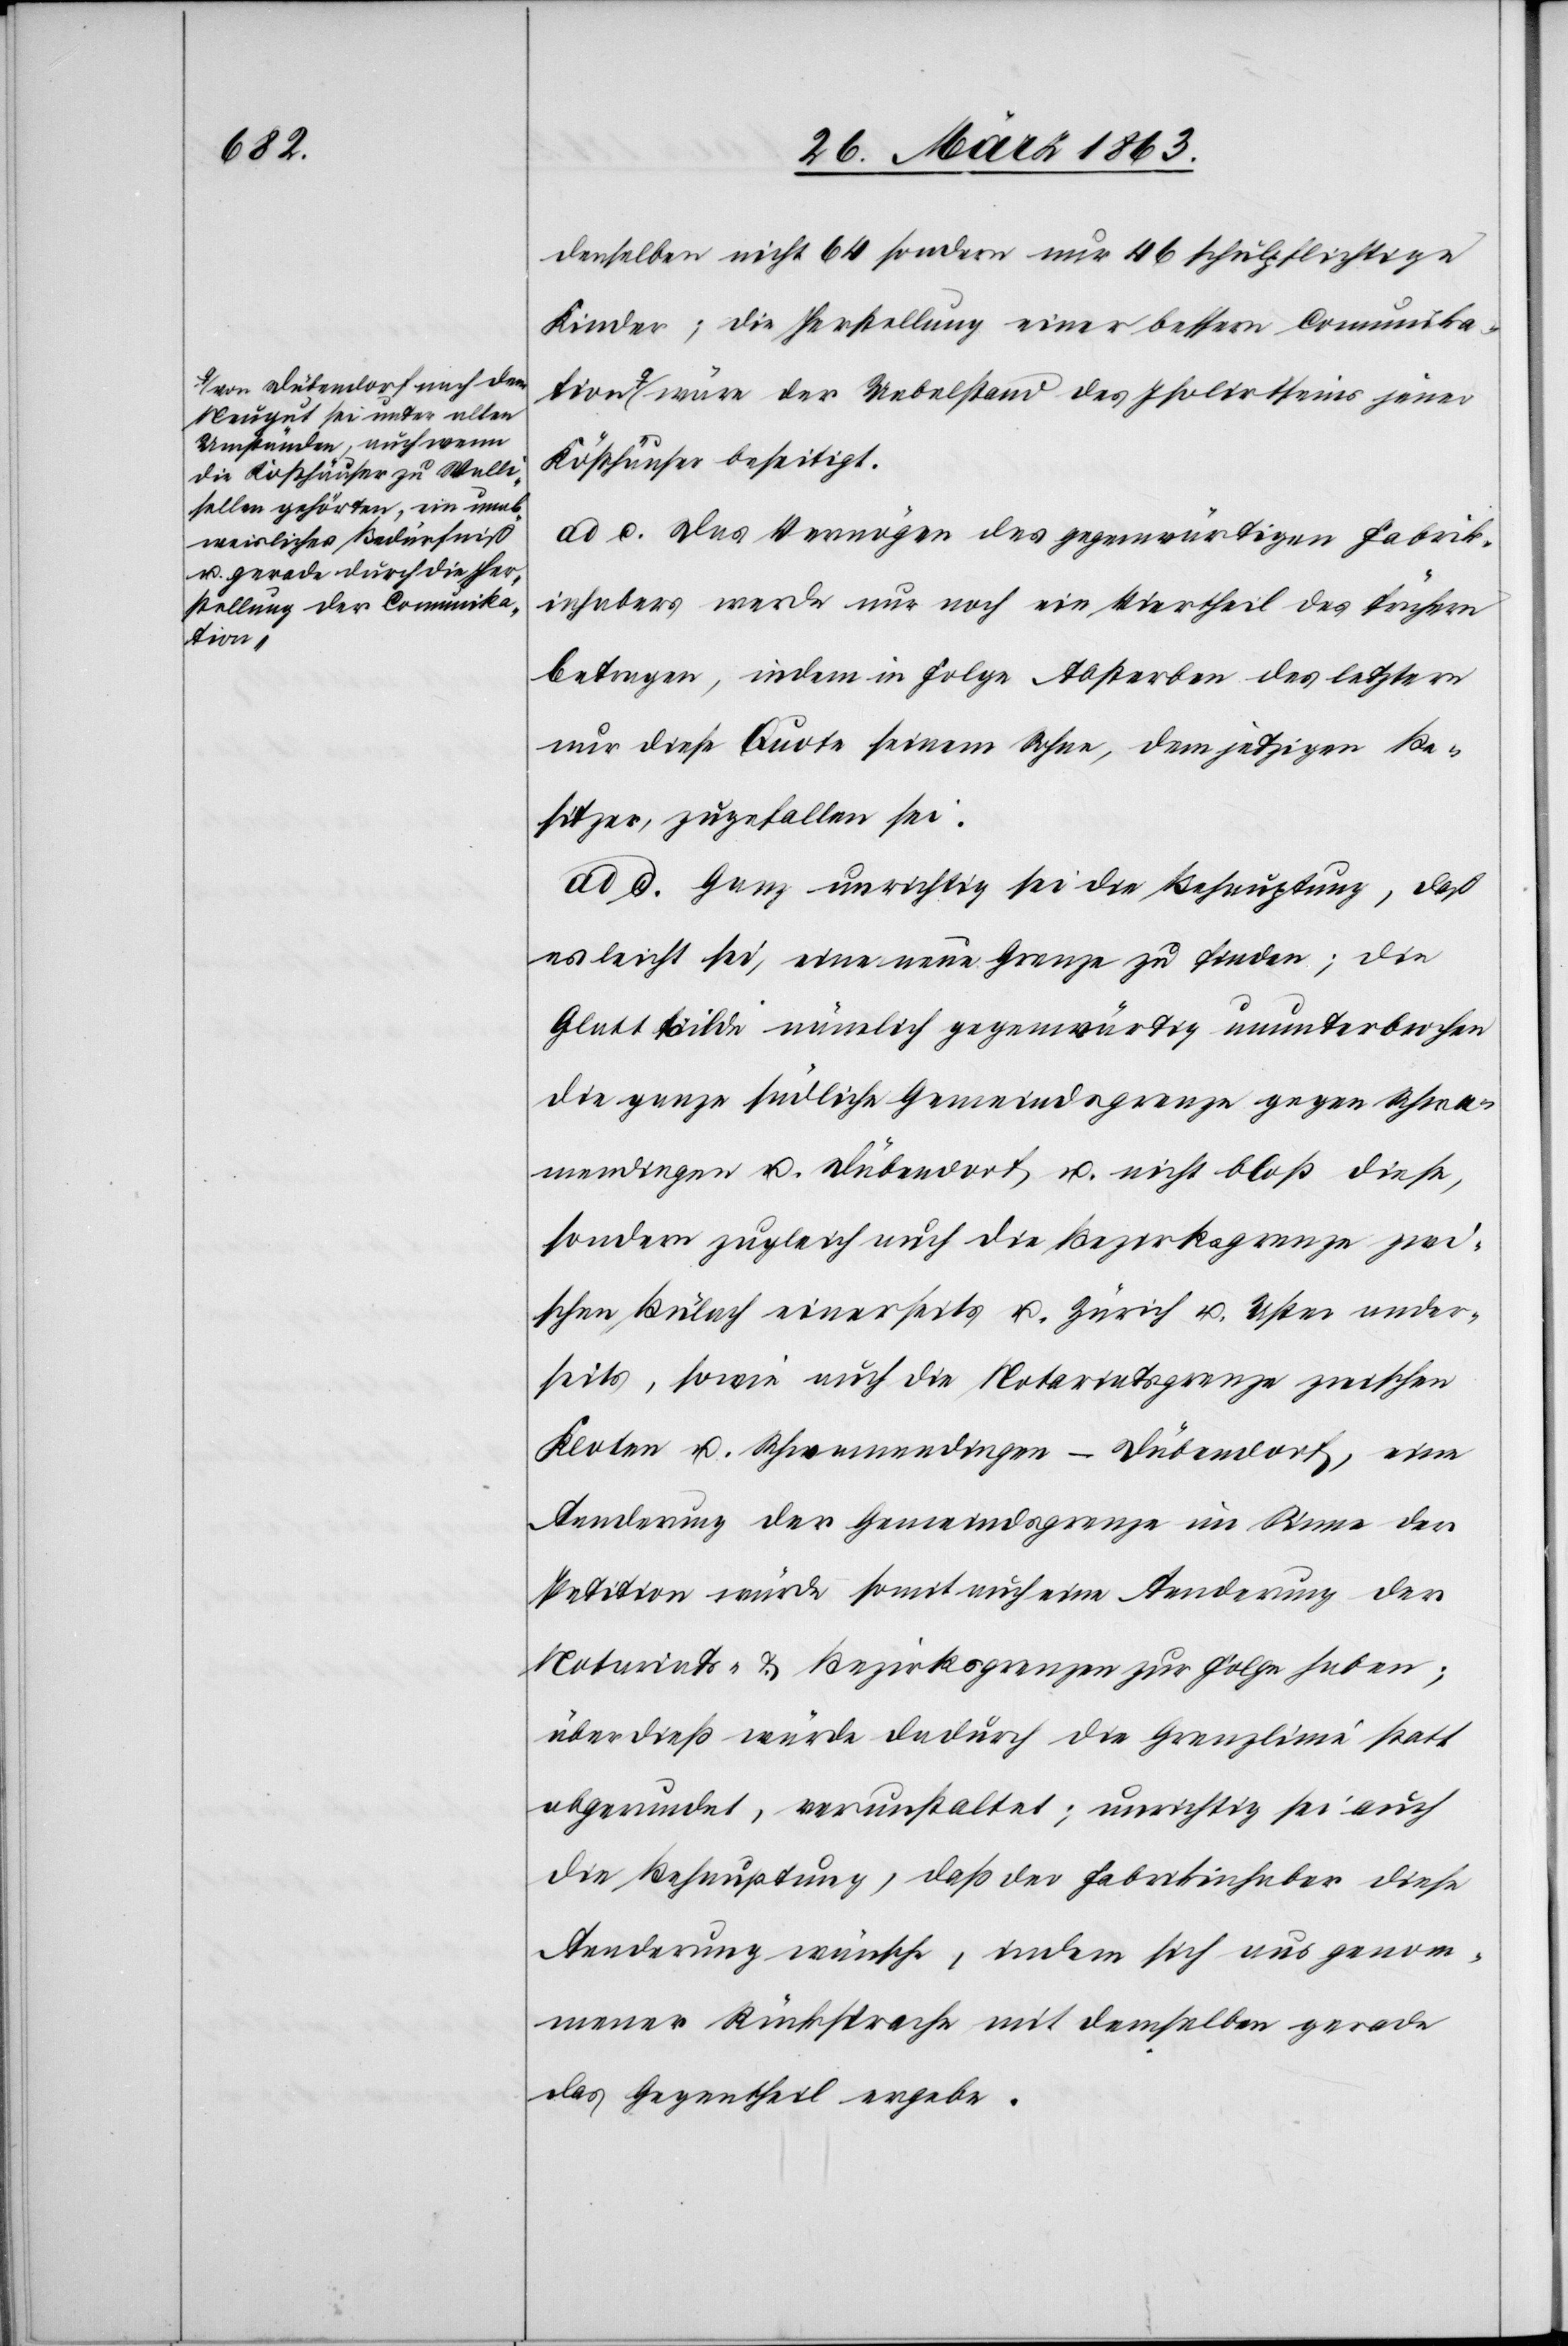
a-von Dübendorf nach dem
Neugut sei unter allen
Umständen, auch wenn
die Kosthäuser zu Walli¬
sellen gehörten, ein unab¬
weisliches Bedürfniß
u. gerade durch die Her¬
stellung der Comunika¬
tion

denselben nicht 64 sondern nur 46 schulpflichtige
Kinder; die Herstellung einer bessern Comunika¬
tion-a wäre der Uebelstand des Isolirtseins jener
ad c. Das Vermögen des gegenwärtigen Fabrik¬
inhabers werde nur noch ein Viertheil des frühern
betragen, indem in Folge Absterben des letztern
nur diese Quote seinem Sohne, dem jetzigen Be¬
sitzer, zugefallen sei.
ad d. Ganz unrichtig sei die Behauptung, daß
es leicht sei, eine neue Grenze zu finden; die
Glatt bilde nämlich gegenwärtig ununterbrochen
die ganze südliche Gemeindsgrenze gegen Schwa¬
mendingen u. Dübendorf u. nicht bloß diese,
sondern zugleich auch die Bezirksgrenze zwi¬
schen Bülach einerseits u. Zürich u. Uster ander¬
seits, sowie auch die Notariatsgrenze zwischen
Kloten u. Schwamendingen-Dübendorf, eine
Aenderung der Gemeindsgrenze im Sinne der
Petition würde somit auch eine Aenderung der
Notariats- & Bezirksgrenzen zur Folge haben;
überdieß würde dadurch die Grenzlinie statt
abgerundet, verunstaltet; unrichtig sei auch
die Behauptung, daß der Fabrikinhaber diese
Aenderung wünsche, indem sich aus genom¬
mener Rücksprache mit demselben gerade
das Gegentheil ergebe.